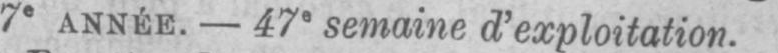
7e ANNÈE. - 47e semaine d’exploitation.